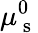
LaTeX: \mu_{\mathrm{~s~}}^{0}